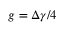
g = \Delta \gamma / 4